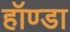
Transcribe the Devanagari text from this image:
हॉण्डा